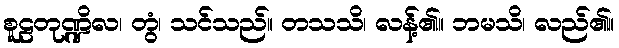
စူဠတုဏ္ဍိလ၊ တွံ၊ သင်သည်။ တသသိ၊ လန့်၏။ ဘမသိ၊ လည်၏။